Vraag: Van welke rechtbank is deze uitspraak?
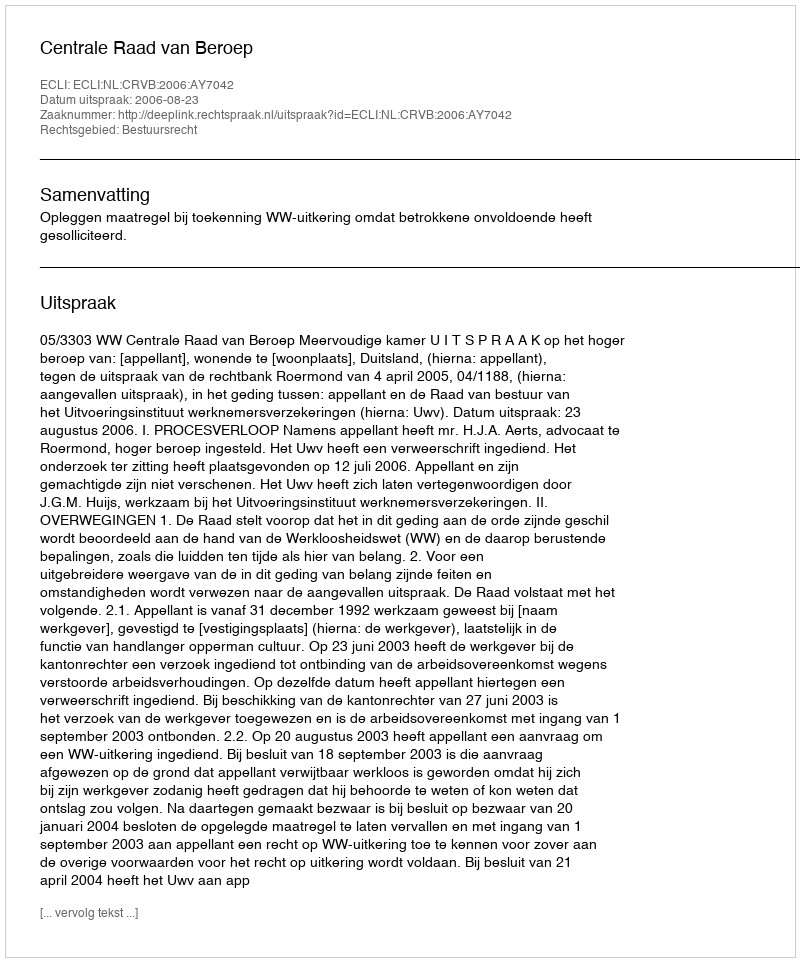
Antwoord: Centrale Raad van Beroep